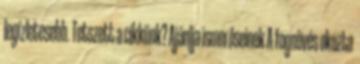
legízletesebb. Tetszett a cikkünk? Ajánlja ismerőseinek A fognövés okozta